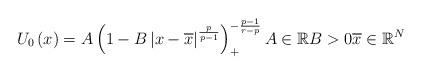
LaTeX: \begin{align*}U_{0}\left( x\right) =A\left( 1-B\left\vert x-\overline{x}\right\vert^{\frac{p}{p-1}}\right) _{+}^{-\frac{p-1}{r-p}}A\in\mathbb{R}B>0\overline{x}\in\mathbb{R}^{N}\end{align*}